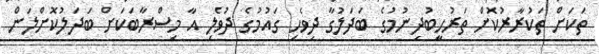
ތަކަށް ތަކުރާރުކޮށް ތަރުހީބުދިނުމުގެ ބަދަލުގާ ދިވެހި ގައުމުގެ ދުވެލި އާ މިސްރާބަކަށް ބަދަލުކޮށްލަން